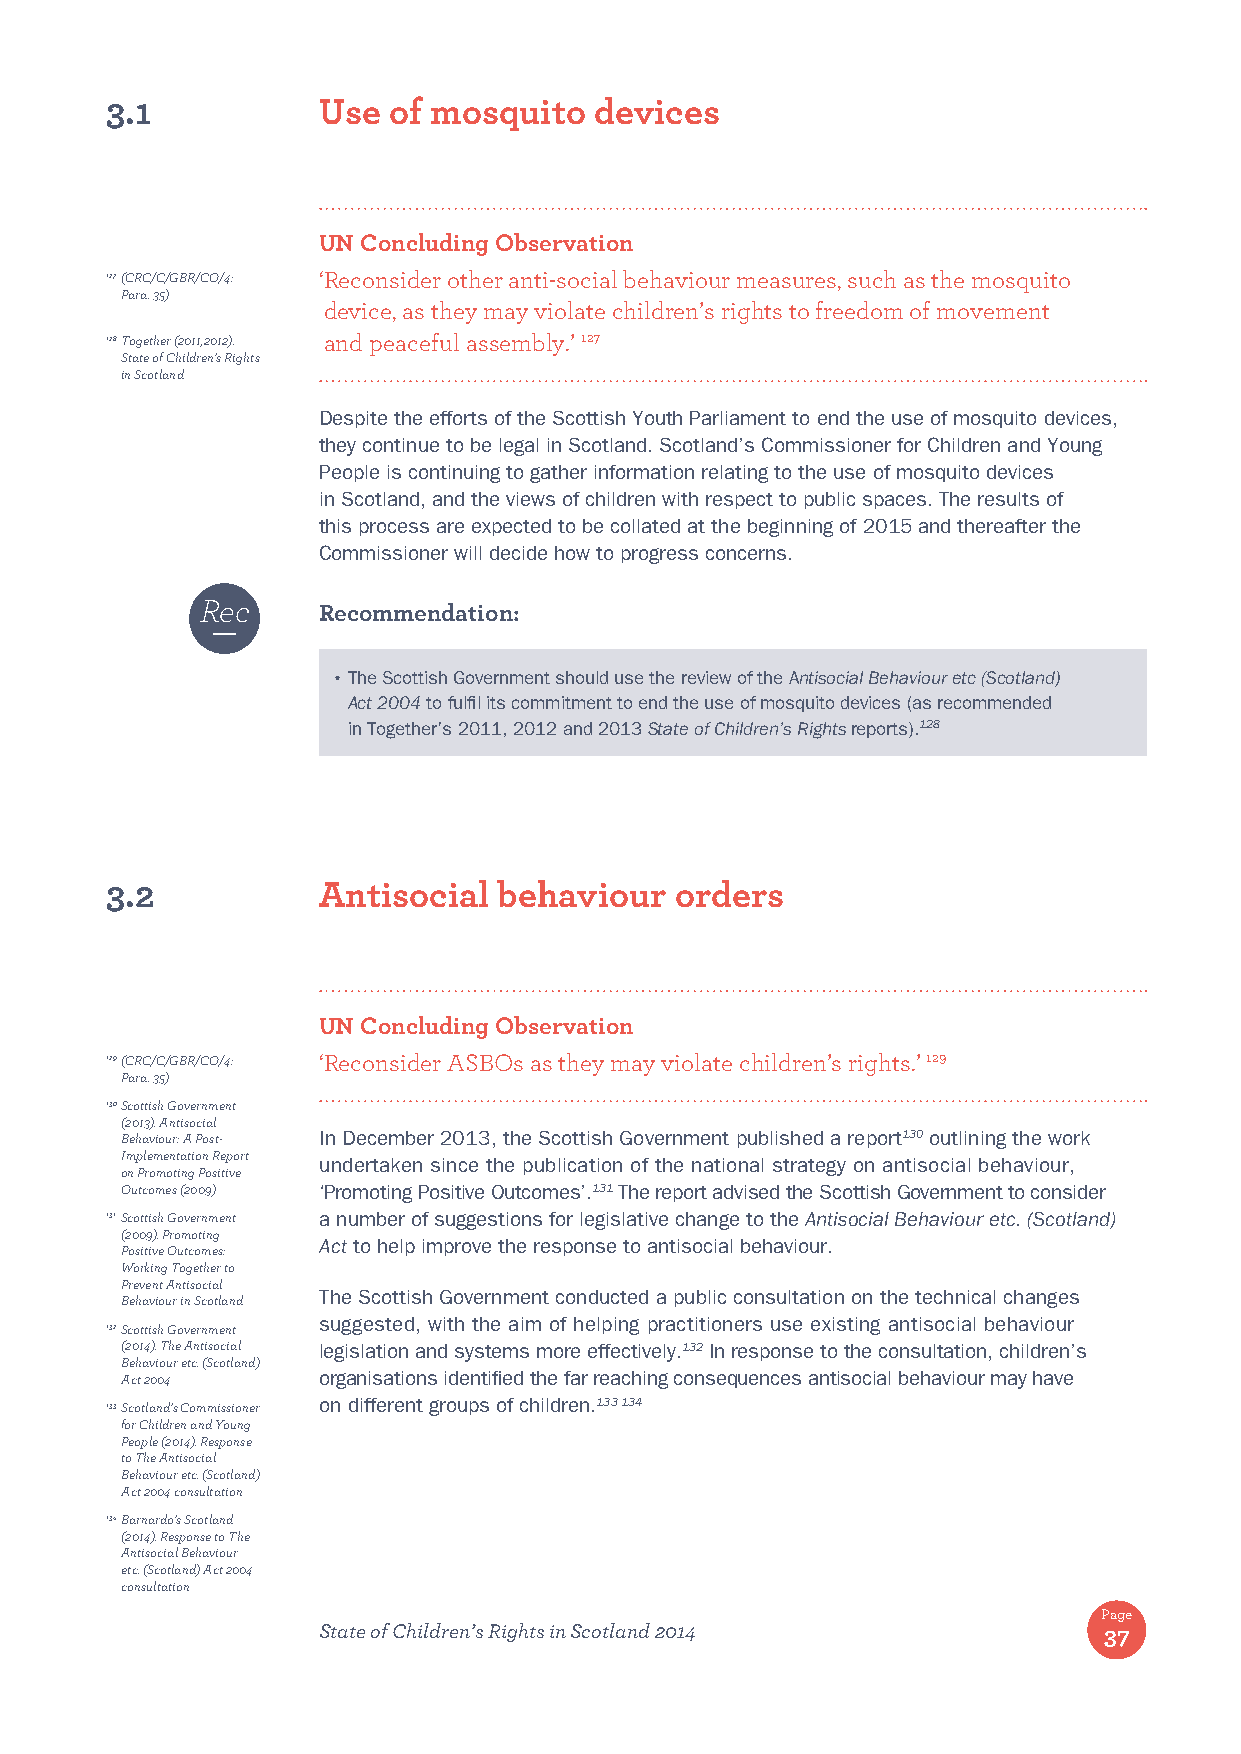
3.1           Use  of mosquito  devices
 UN Concluding Observation
 127 (CRC/C/GBR/CO/4: ‘ Reconsider other anti-social behaviour measures, such as the mosquito
 Para. 35)
 device, as they may violate children’s rights to freedom of movement
 128 Together (2011,2012). and peaceful assembly.’ 127
 State of Children’s Rights
 in Scotland
 Despite the efforts of the Scottish Youth Parliament to end the use of mosquito devices,
 they continue to be legal in Scotland. Scotland’s Commissioner for Children and Young
 People is continuing to gather information relating to the use of mosquito devices
 in Scotland, and the views of children with respect to public spaces. The results of
 this process are expected to be collated at the beginning of 2015 and thereafter the
 Commissioner will decide how to progress concerns.
 Rec
 Recommendation:
 • T he Scottish Government should use the review of the Antisocial Behaviour etc (Scotland)
 Act 2004 to fulfil its commitment to end the use of mosquito devices (as recommended
 in Together’s 2011, 2012 and 2013 State of Children’s Rights reports).128
 3.2           Antisocial  behaviour   orders
 UN Concluding Observation
 129 (CRC/C/GBR/CO/4: ‘ Reconsider ASBOs as they may violate children’s rights.’ 129
 Para. 35)
 130 Scottish Government
 (2013). Antisocial
 Behaviour: A Post- In December 2013, the Scottish Government published a report130 outlining the work
 Implementation Report
 undertaken since the publication of the national strategy on antisocial behaviour,
 on Promoting Positive
 Outcomes (2009) ‘Promoting Positive Outcomes’.131 The report advised the Scottish Government to consider
 131 Scottish Government a number of suggestions for legislative change to the Antisocial Behaviour etc. (Scotland)
 (2009). Promoting
 Act to help improve the response to antisocial behaviour.
 Positive Outcomes:
 Working Together to
 Prevent Antisocial
 The Scottish Government conducted a public consultation on the technical changes
 Behaviour in Scotland
 suggested, with the aim of helping practitioners use existing antisocial behaviour
 132 Scottish Government
 (2014). The Antisocial legislation and systems more effectively.132 In response to the consultation, children’s
 Behaviour etc. (Scotland)
 Act 2004     organisations identified the far reaching consequences antisocial behaviour may have
 133 Scotland’s Commissioner on different groups of children.133 134
 for Children and Young
 People (2014). Response
 to The Antisocial
 Behaviour etc. (Scotland)
 Act 2004 consultation
 134 Barnardo’s Scotland
 (2014). Response to The
 Antisocial Behaviour
 etc. (Scotland) Act 2004
 consultation
 Page
 State of Children’s Rights in Scotland 2014         37